Civil Veterinary Dept. Assam report 1911-1927 - 1911-1927
Year: 1911
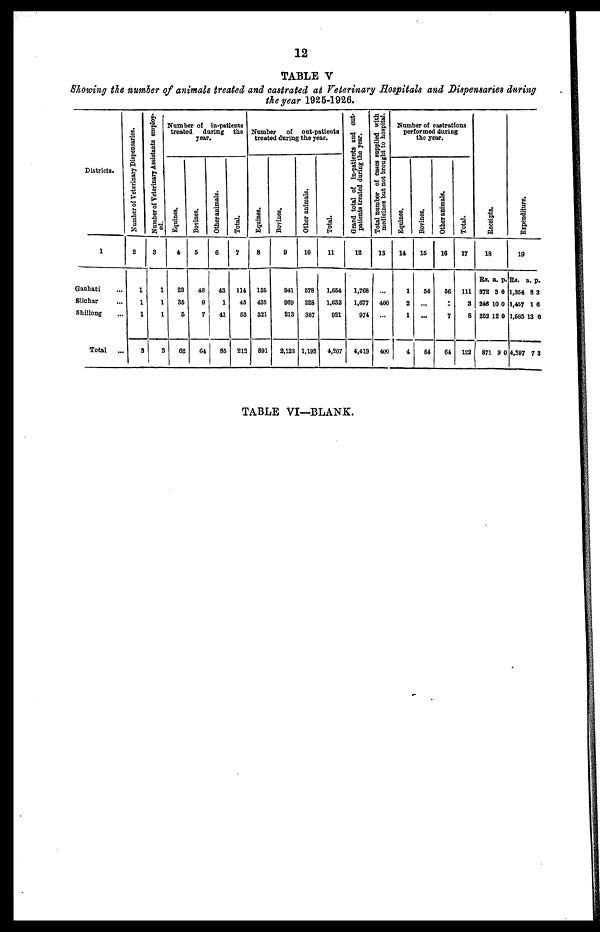
12
TABLE V
Showing the number of animals treated and castrated at Veterinary Hospitals and Dispensaries during
the year 1926-1926.
Districts.
1
Gauhati ...
Silchar ...
Shillong ...
Total
...
Number of Veterinary Dispensaries.
2
1
1
1
3
Number of Veterinary Assistants employ-
ed.
3
1
1
1
3
Number of in-patients
treated during the
year
Equines.
4
23
35
5
68
Bovines.
5
48
9
7
64
Other animals.
6
43
1
41
85
Total.
7
114
45
63
212
Number of out-patients
treated during the year.
Equines.
8
135
435
321
891
Bovines.
9
941
969
213
2,123
Other animals.
10
678
228
387
1,193
Total.
11
1,664
1,632
921
4,207
Grand total of in-patients and out-
patients treated during the year.
12
1,768
1,677
974
4,419
Total number of cases supplied with
medicines but not brought to hospital.
13
...
400
...
400
Number of castrations
performed during
the year.
Equines.
14
1
2
1
4
Bovines.
15
54
...
...
64
Other animals.
16
66
2
1
64
Total.
17
111
3
8
122
Recei pt s .
18
Rs. a. p.
372 3 0
246 10 0
252 12 0
871 9 0
Expenditure.
19
Rs. a. p.
1,354 8 3
1,457 1 6
1,685 13 6
4,397 7 3
TABLE VI—BLANK.